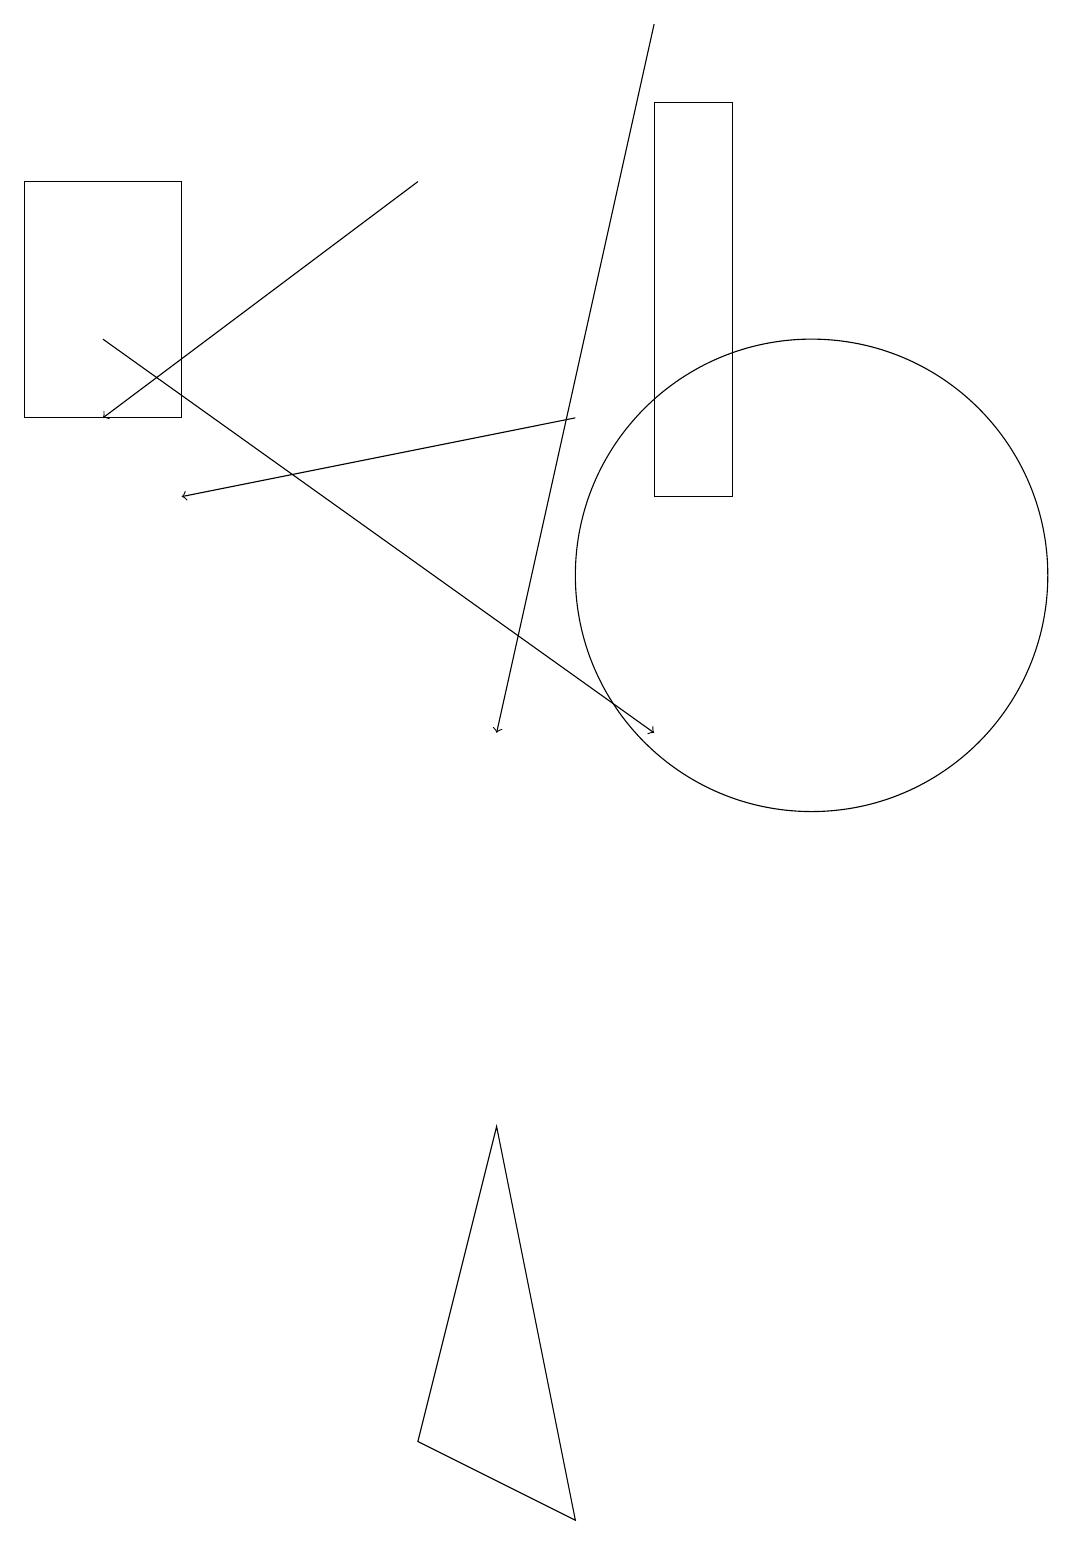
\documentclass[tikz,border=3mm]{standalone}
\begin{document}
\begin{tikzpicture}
\draw[->] (1,15) -- (8,10);
\draw (6,5) -- (5,1) -- (7,0) -- cycle;
\draw[->] (8,19) -- (6,10);
\draw[->] (7,14) -- (2,13);
\draw (8,18) rectangle (9,13);
\draw (10,12) circle (3);
\draw[->] (5,17) -- (1,14);
\draw (0,14) rectangle (2,17);
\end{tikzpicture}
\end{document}